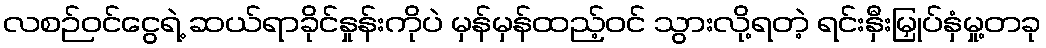
လစဉ်ဝင်ငွေရဲ့ ဆယ်ရာခိုင်နှုန်းကိုပဲ မှန်မှန်ထည့်ဝင် သွားလို့ရတဲ့ ရင်းနှီးမြှုပ်နှံမှု့တခု